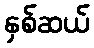
နှစ်ဆယ်